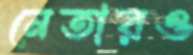
নেতারও